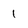
Character: 1